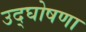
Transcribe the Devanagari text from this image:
उद्‌घोषणा